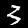
Label: 3